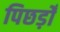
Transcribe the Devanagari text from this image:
पिछड़ोँ